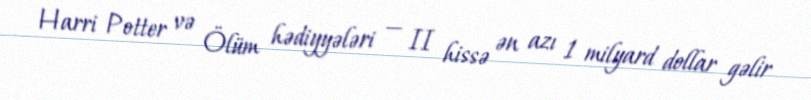
Harri Potter və Ölüm hədiyyələri — II hissə ən azı 1 milyard dollar gəlir